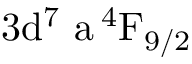
\mathrm { 3 d ^ { 7 } \ a \, ^ { 4 } F _ { 9 / 2 } }